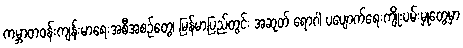
ကမ္ဘာတဝန်းကျန်းမာရေးအစီအစဉ်တွေ၊ မြန်မာပြည်တွင်း အဆုတ် ရောဂါ ပပျောက်ရေးကျိုးပမ်းမှုတွေမှာ